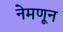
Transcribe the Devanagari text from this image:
नेमणून